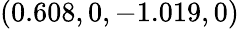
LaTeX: (0.608,0,-1.019,0)